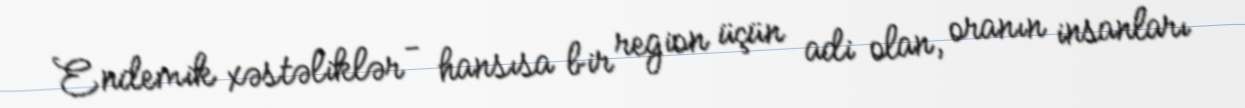
Endemik xəstəliklər - hansısa bir region üçün adi olan, oranın insanları